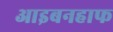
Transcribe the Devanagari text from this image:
आइबनहाफ